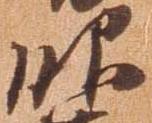
吹